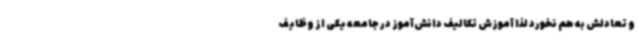
و تعادلش به هم نخورد لذا آموزش تکالیف دانش‌آموز در جامعه یکی از وظایف